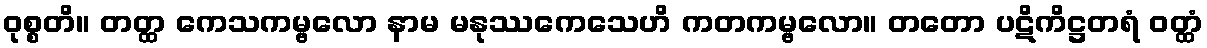
ဝုစ္စတိ။ တတ္ထ ကေသကမ္ဗလော နာမ မနုဿကေသေဟိ ကတကမ္ဗလော။ တတော ပဋိကိဋ္ဌတရံ ဝတ္ထံ